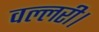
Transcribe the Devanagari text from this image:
वल्लरी।